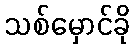
သစ်မှောင်ခို